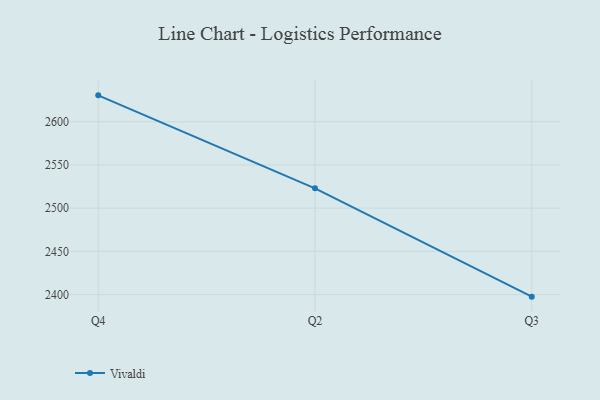
{"axis": {"x": "Quarter", "y": "Inventory Turnover"}, "legend": ["Vivaldi"], "data": [{"x": "Q4", "y": 2630.5, "type": "Vivaldi"}, {"x": "Q2", "y": 2522.9, "type": "Vivaldi"}, {"x": "Q3", "y": 2397.6, "type": "Vivaldi"}]}